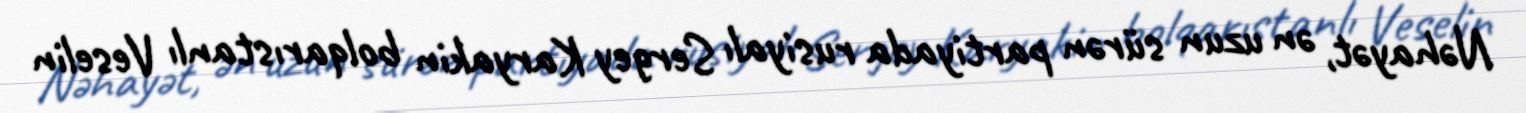
Nəhayət, ən uzun sürən partiyada rusiyalı Sergey Karyakin bolqarıstanlı Veselin